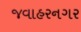
જવાહરનગર